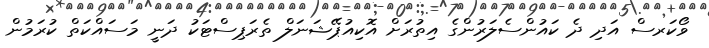
ވޯކަރސް އަދި ދެ ކައުންސެލަރުންގެ އިތުރަށް އޮކިއުޕޭޝަނަލް ތެރަޕިސްޓަކު ދަނީ މަސައްކަތް ކުރަމުން